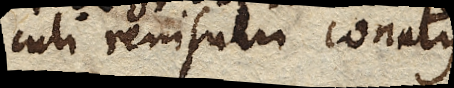
culi renisum conatus